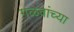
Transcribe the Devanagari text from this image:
गळवांच्या